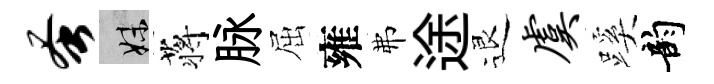
蚤妹蒋脉屈雍弗途退虞蹊韵